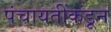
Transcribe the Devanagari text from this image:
पंचायतींकडून